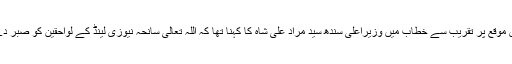
اس موقع پر تقریب سے خطاب میں وزیراعلیٰ سندھ سید مراد علی شاہ کا کہنا تھا کہ اللہ تعالیٰ سانحہ نیوزی لینڈ کے لواحقین کو صبر دے۔